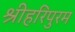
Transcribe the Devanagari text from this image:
श्रीहरिपुरम